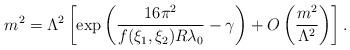
LaTeX: \begin{align*}m^{2}=\Lambda^{2}\left[ \exp\left(\frac{16\pi^{2}}{f(\xi_{1},\xi_{2})R\lambda_{0}} -\gamma\right) +O\left(\frac{m^{2}}{\Lambda^{2}}\right) \right].\end{align*}